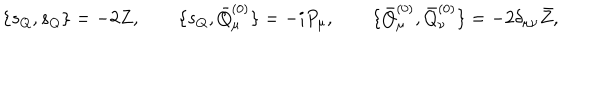
LaTeX: \{ s _ { Q } , s _ { Q } \} = - 2 Z , \qquad \{ s _ { Q } , \bar { Q } _ { \mu } ^ { ( 0 ) } \} = - i P _ { \mu } , \qquad \{ \bar { Q } _ { \mu } ^ { ( 0 ) } , \bar { Q } _ { \nu } ^ { ( 0 ) } \} = - 2 \delta _ { \mu \nu } \bar { Z } ,